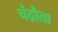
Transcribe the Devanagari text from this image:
चंद्रौता